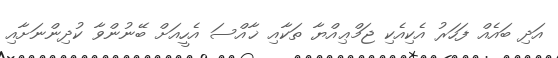
އަދި ބައެއް ފަހަރު އެކިއެކި ޖަމްޢިއްޔާ ތަކާއި ޚާއްސަ އެހީއަށް ބޭނުންވާ ކުދިންނަށާއި